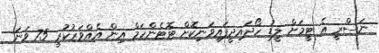
ނަސްރީ އެ ޓީމަށް ލީޑު ހޯދައިދީފައިވަނިކޮށް ޓޮޓެންހަމް އިން އެއްވަރުކުރީ 75 ވަނަ